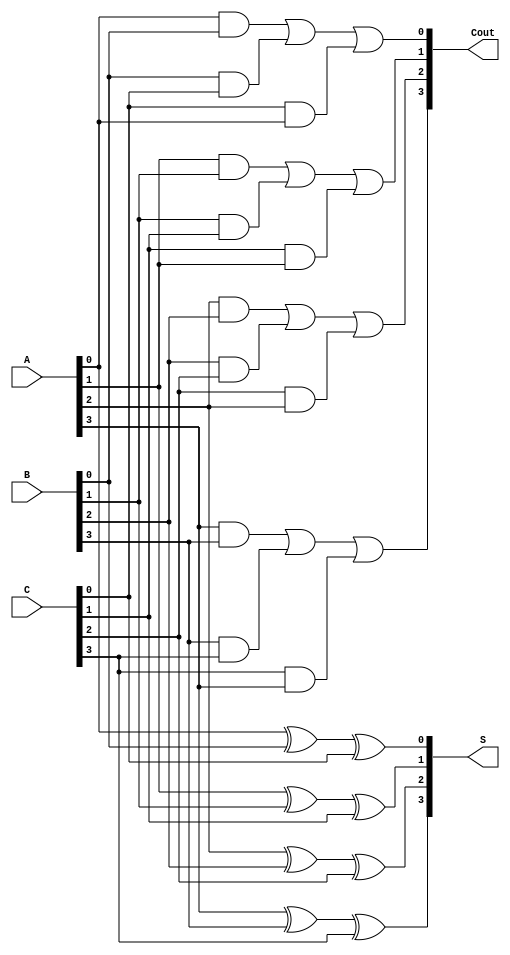
module carry_save_adder (
    input wire [3:0] A,      // First input
    input wire [3:0] B,      // Second input
    input wire [3:0] C,      // Third input
    output wire [3:0] S,     // Partial sum output
    output wire [3:0] Cout    // Carry output
);

// Intermediate wires for carry bits
wire [3:0] carry;

// Generate Partial Sums (S)
assign S[0] = A[0] ^ B[0] ^ C[0];
assign S[1] = A[1] ^ B[1] ^ C[1];
assign S[2] = A[2] ^ B[2] ^ C[2];
assign S[3] = A[3] ^ B[3] ^ C[3];

// Generate Carry bits (Cout)
assign carry[0] = (A[0] & B[0]) | (B[0] & C[0]) | (C[0] & A[0]);
assign carry[1] = (A[1] & B[1]) | (B[1] & C[1]) | (C[1] & A[1]);
assign carry[2] = (A[2] & B[2]) | (B[2] & C[2]) | (C[2] & A[2]);
assign carry[3] = (A[3] & B[3]) | (B[3] & C[3]) | (C[3] & A[3]);

// Final Carry Output
assign Cout = carry;

endmodule